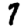
Digit: 7